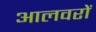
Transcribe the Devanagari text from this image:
आलवरों